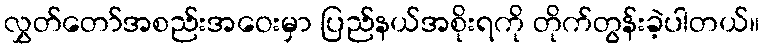
လွှတ်တော်အစည်းအဝေးမှာ ပြည်နယ်အစိုးရကို တိုက်တွန်းခဲ့ပါတယ်။